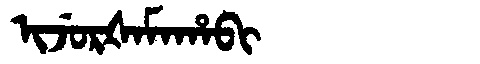
Manchu: ᡳᠵᡠᡵᡧᠠᠮᠠᡥᠠᠪᡳ
Romanization: IJURŠAMAHABI